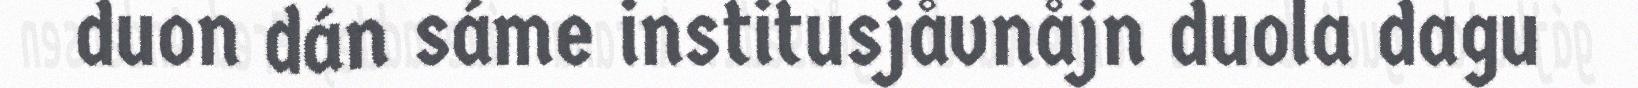
duon dán sáme institusjåvnåjn duola dagu